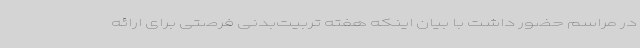
در مراسم حضور داشت با بیان اینکه هفته تربیت‌بدنی فرصتی برای ارائه